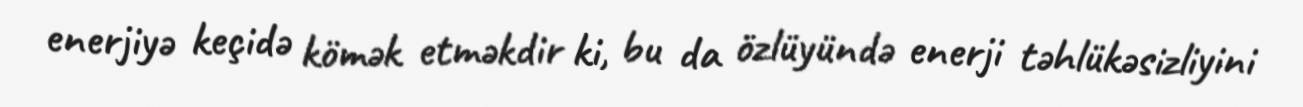
enerjiyə keçidə kömək etməkdir ki, bu da özlüyündə enerji təhlükəsizliyini